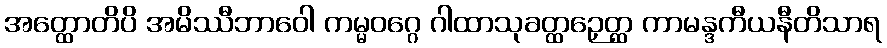
အတ္ထောတိပိ အမိဿီဘာဝေါ ကမ္မဝဂ္ဂေ ဂါထာသုခတ္ထဉှေတ္ထ ကာမန္ဒကီယနီတိသာရ